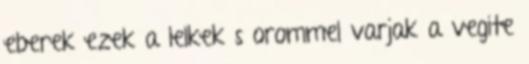
eberek ezek a lelkek s orommel varjak a vegite